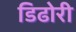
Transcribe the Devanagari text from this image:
डिढोरी